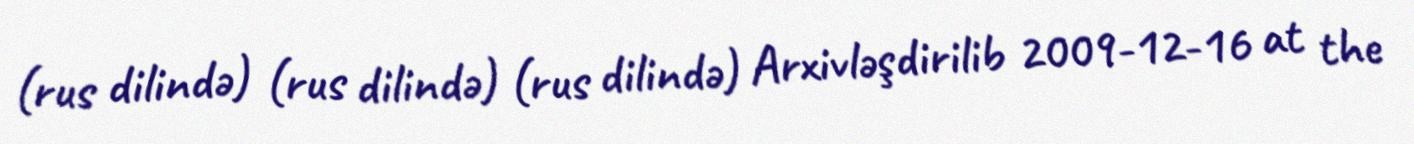
(rus dilində) (rus dilində) (rus dilində) Arxivləşdirilib 2009-12-16 at the